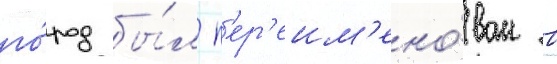
го́род бы́л п'ер'еим'ено́ван в